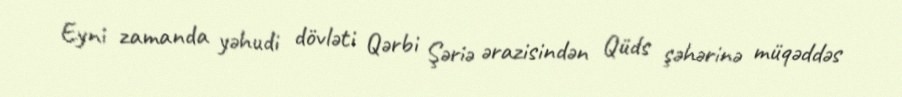
Eyni zamanda yəhudi dövləti Qərbi Şəriə ərazisindən Qüds şəhərinə müqəddəs